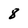
Character: 8